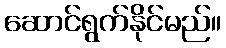
ဆောင်ရွက်နိုင်မည်။